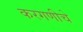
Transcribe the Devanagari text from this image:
करगणीचे